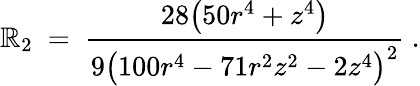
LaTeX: \mathbb{R}_{2}\ =\ \frac{{28\big(50r^{4}+z^{4}\big)}}{{9\big(100r^{4}-71r^{2}z^{2}-2z^{4}\big)^{2}}}~.